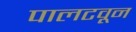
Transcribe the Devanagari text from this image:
पालटवून